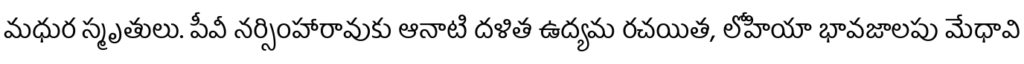
మధుర స్మృతులు. పీవీ నర్సింహారావుకు ఆనాటి దళిత ఉద్యమ రచయిత, లోహియా భావజాలపు మేధావి